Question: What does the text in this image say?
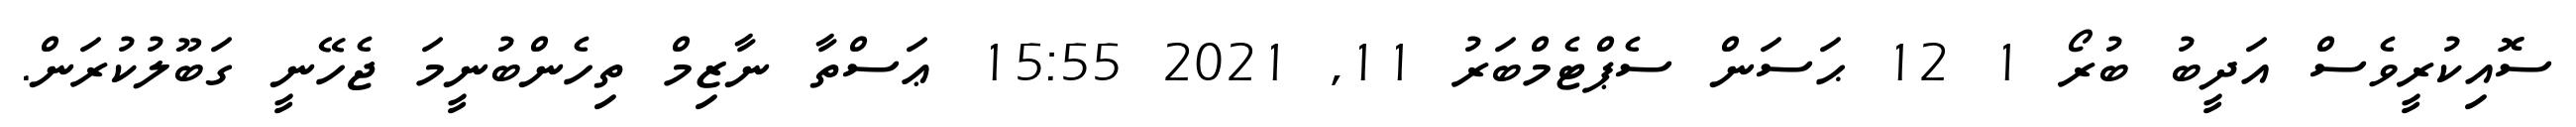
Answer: ސޮއިކުރީވެސް އަދީބު ބުރޯ 1 12 ޙަސަން ސެޕްޓެމްބަރު 11, 2021 15:55 ޢަސްތާ ނާޒިމް ތިހެންބުނީމަ ޖެހޭނީ ގަބޫލުކުރަން.